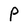
Character: P